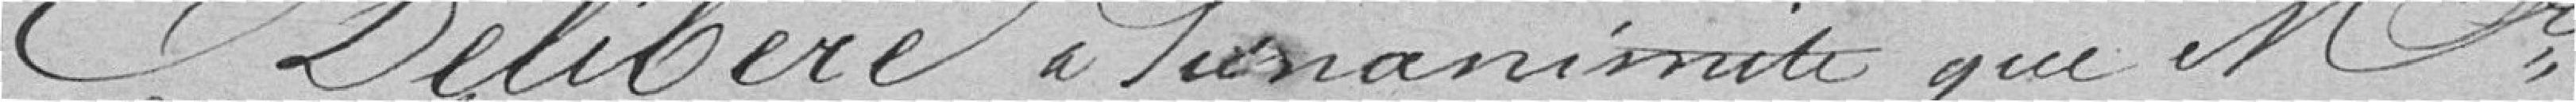
Délibère à l'unanimité que Monsieur